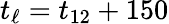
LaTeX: t_{\ell}=t_{12}+150